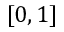
[ 0 , 1 ]